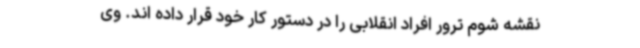
نقشه شوم ترور افراد انقلابی را در دستور کار خود قرار داده اند. وی